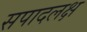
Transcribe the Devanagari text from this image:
सपादलक्ष